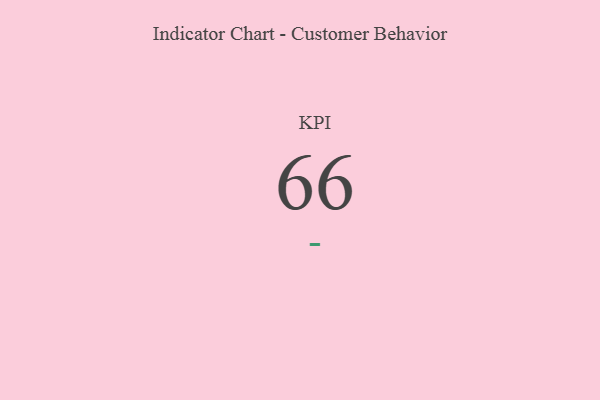
{"axis": {"x": "KPI", "y": "Value"}, "legend": [""], "data": [{"x": "KPI", "y": 66, "type": ""}]}